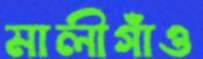
মালীগাঁও